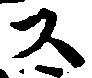
ス